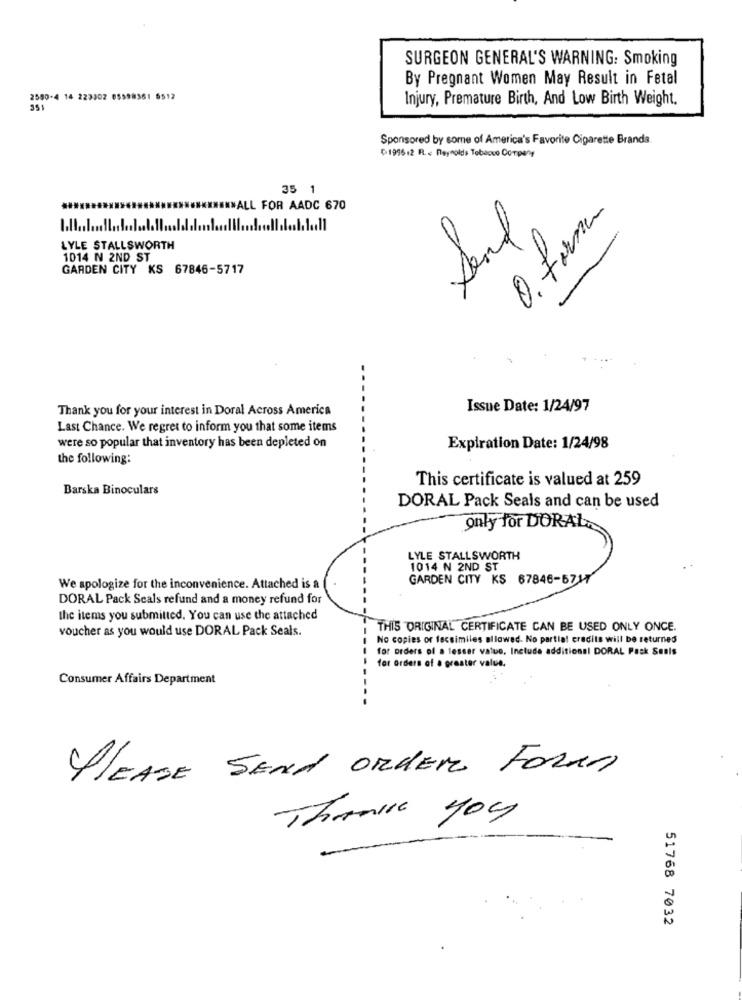
SURGEON GENERAL'S WARNING: Smoking
By Pregnant Women May Result in Fetal
2590-4 14 223302 65598361 5512
Injury, Premature Birth, And Low Birth Weight.
351
Sponsored by some of America's Favorite Cigarette Brands.
199612 R. e Reynolds Tobacco Company
35 1
INWALL FOR AADC 670
O. formen
Send
LYLE STALLSWORTH
1014 N 2ND ST
GARDEN CITY KS 67846-5717
Thank you for your interest in Doral Across America
Issue Date: 1/24/97
Last Chance. We regret to inform you that some items
were so popular that inventory has been depleted on
Expiration Date: 1/24/98
the following:
This certificate is valued at 259
Barska Binoculars
DORAL Pack Seals and can be used
only for DORAL
LYLE STALLSWORTH
1014 N 2ND ST
GARDEN CITY KS 67846-6717
We apologize for the inconvenience. Attached is a
DORAL Pack Scals refund and a money refund for
the items you submitted. You can use the attached
voucher as you would use DORAL Pack Seals.
THIS ORIGINAL CERTIFICATE CAN BE USED ONLY ONCE.
No copies or facsimiles allowed. No partia! credits will be returned
for orders of a lesser value, Include additional DORAL Pack Seuls
for orders of a greater value.
Consumer Affairs Department
PLEASE SEND ORDER FORMS
Thank you
51768 7032